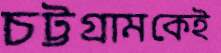
চট্টগ্রামকেই